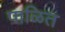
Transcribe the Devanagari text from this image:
पाळित